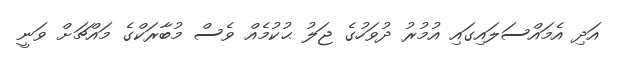
އަދި އެމައްސަލައިގައި އުމުރު ދުވަހުގެ ޖަލު ޙުކުމެއް ވެސް މުބާރަކްގެ މައްޗަށް ވަނީ